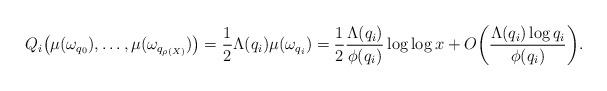
LaTeX: \begin{align*}Q_i \big( \mu(\omega_{q_0}),\dots,\mu(\omega_{q_{\rho(X)}}) \big) = \frac{1}{2}\Lambda(q_i)\mu(\omega_{q_i}) = \frac{1}{2} \frac{\Lambda(q_i)}{\phi(q_i)} \log\log x + O\bigg(\frac{\Lambda(q_i) \log q_i}{\phi(q_i)} \bigg).\end{align*}